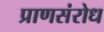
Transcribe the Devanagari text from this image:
प्राणसंरोध